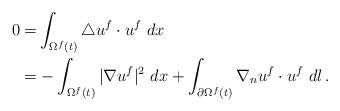
LaTeX: \begin{align*}0=&\int_{\Omega^f(t)}\triangle u^f\cdot u^f\ dx\\=&-\int_{\Omega^f(t)}|\nabla u^f|^2\ dx+\int_{\partial\Omega^f(t)} \nabla_n u^f\cdot u^f\ dl\,.\end{align*}